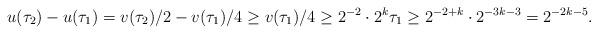
LaTeX: \begin{align*}u(\tau_2) - u(\tau_1) = v(\tau_2) / 2- v( \tau_1) / 4 \geq v(\tau_1) / 4\geq 2^{-2} \cdot 2^k \tau_1 \geq 2^{-2 + k} \cdot 2^{-3k - 3} = 2^{-2k -5}.\end{align*}